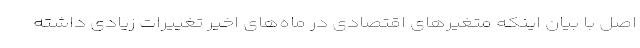
اصل با بیان اینکه متغیرهای اقتصادی در ماه‌های اخیر تغییرات زیادی داشته